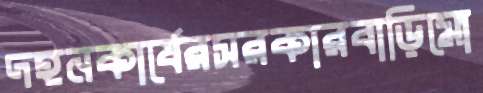
দহনকার্যেরসরকারবাড়িমো